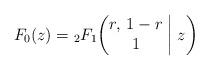
LaTeX: \begin{gather*}F_0(z)={}_2F_1\biggl(\begin{matrix} r, \, 1-r \\ 1 \end{matrix}\biggm|z\biggr)\end{gather*}